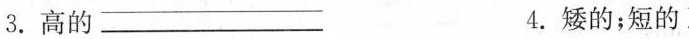
3.高的___ 4.矮的；短的___